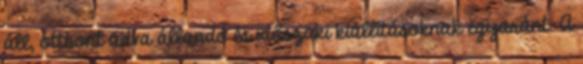
áll, otthont adva állandó és időszaki kiállításoknak egyaránt. A